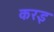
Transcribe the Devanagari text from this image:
करइ